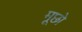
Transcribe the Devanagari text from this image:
मूछो